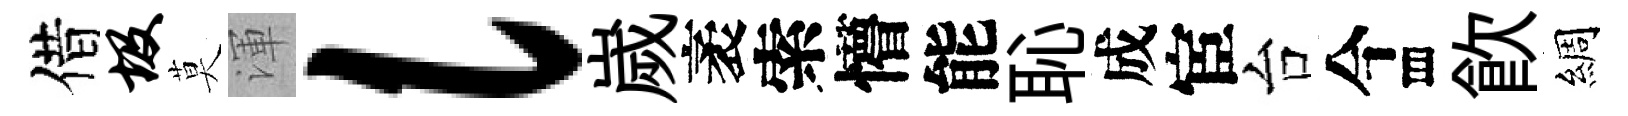
借圾莫渾l嵗袤索懵能恥成宦台今存飮綢